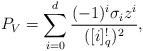
LaTeX: \begin{gather*}P_V=\sum_{i=0}^{d} \frac{(-1)^i\sigma_iz^i}{([i]_q^{!})^2},\end{gather*}